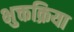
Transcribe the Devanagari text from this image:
भुक्तक्रिया